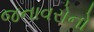
જનાવરોનો